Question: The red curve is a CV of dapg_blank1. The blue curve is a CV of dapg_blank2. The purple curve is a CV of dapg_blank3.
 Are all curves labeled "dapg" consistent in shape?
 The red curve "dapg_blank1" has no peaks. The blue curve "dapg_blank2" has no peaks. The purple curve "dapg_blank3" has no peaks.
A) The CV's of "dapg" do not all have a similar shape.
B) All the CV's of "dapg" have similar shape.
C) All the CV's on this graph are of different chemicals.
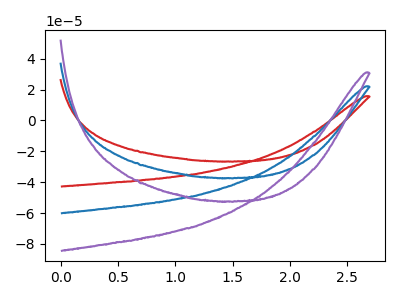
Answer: <think>Neither "dapg_blank1" or "dapg_blank2" have any peaks. Neither "dapg_blank1" or "dapg_blank3" have any peaks. Neither "dapg_blank2" or "dapg_blank3" have any peaks.
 </think>
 <answer>B) All the CV's of "dapg" have similar shape.</answer>
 <eval>B</eval>